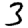
Digit: 3